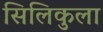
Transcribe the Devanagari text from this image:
सिलिकुला